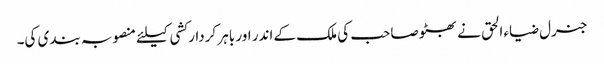
جنرل ضیاء الحق نے بھٹو صاحب کی ملک کے اندر اور باہر کردار کشی کیلئے منصوبہ بندی کی۔